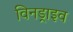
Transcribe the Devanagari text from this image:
विनड्राइव